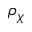
\rho _ { \chi }